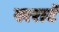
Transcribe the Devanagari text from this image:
खराटॅ